Regulations for the medical services of the Army of India
Year: 1930
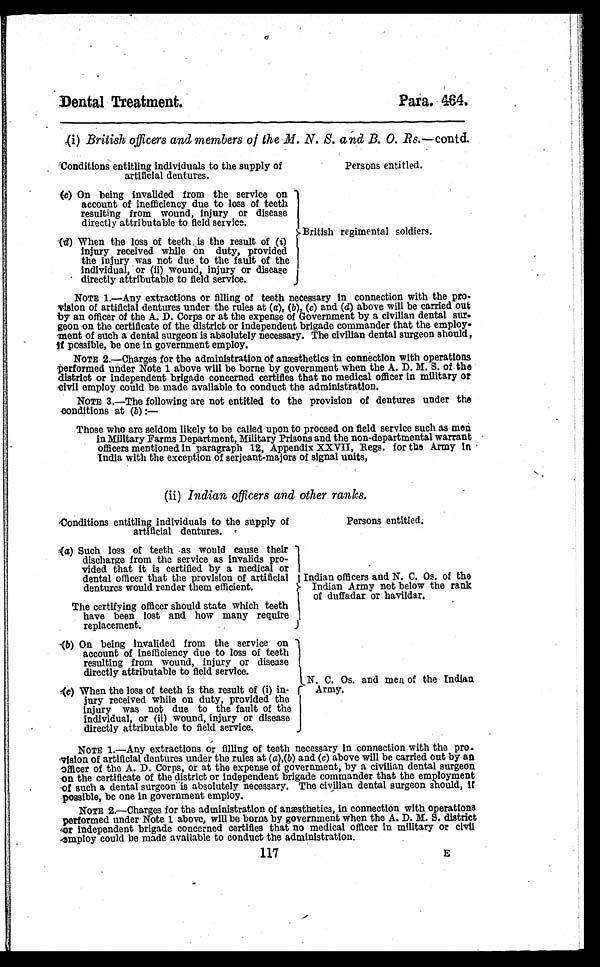
117
Dental Treatment.
Para. 464.
(i) British officers and members of the M. N. S. and B. O. Rs.— contd.
Conditions entitling individuals to the supply of
artificial dentures.
Persons entitled.
(c) On being invalided from the service on
account of inefficiency due to loss of teeth
resulting from wound, injury or disease
directly attributable to field service.
(d) When the loss of teeth is the result of (i)
injury received while on duty, provided
the injury was not due to the fault of the
individual, or (ii) wound, injury or disease
directly attributable to field service.
British regimental soldiers.
NOTE 1.—Any extractions or filling of teeth necessary in connection with the pro-
vision of artificial dentures under the rules at ( a), (b), (c) and (d) above will be carried out
by an officer of the A. D. Corps or at the expense of Government by a civilian dental sur
geon on the certificate of the district or independent brigade commander that the employ
ment of such a dental surgeon is absolutely necessary. The civilian dental surgeon should,
i f p o s s i b l e , b e o n e i n g o v e r n m e n t e m p l o y .
NOTE 2.—Charges for the administration of anæsthetics in connection with operations
performed under Note 1 above will be borne by government when the A. D. M. S. of the
district or independent brigade concerned certifies that no medical officer in military or
civil employ could be made available to conduct the administration.
NOTE 3.—The following are not entitled to the provision of dentures under the
conditions at (b) : —
Those who are seldom likely to be called upon to proceed on field service such as men
in Military Farms Department, Military Prisons and the non-departmental warrant
officers mentioned in paragraph 12, Appendix XXVII, Regs. for the Army in
India with the exception of serjeant-majors of signal units,
(ii) Indian officers and other ranks.
Conditions entitling individuals to the supply of
artificial dentures.
Persons entitled.
(a) Such loss of teeth as would cause their
discharge from the service as invalids pro-
vided that it is certified by a medical or
dental officer that the provision of artificial
dentures would render them efficient.
The certifying officer should state which teeth
have been lost and how many require
replacement.
(b) On being invalided from the service on
account of inefficiency due to loss of teeth
resulting from wound, injury or disease
directly attributable to field service.
(c) When the loss of teeth is the result of (i) in
jury received while on duty, provided the
injury was not due to the fault of the
individual, or (ii) wound, injury or disease
directly attributable to field service.
Indian officers and N. C. Os. of the
Indian Army not below the rank
of duffadar or havildar.
N. C. Os. and men of the Indian
Army.
NOTE 1.—Any extractions or filling of teeth necessary in connection with the pro
vision of artificial dentures under the rules at ( a),(b) and (c) above will be carried out by an
officer of the A. D. Corps, or at the expense of government, by a civilian dental surgeon
on the certificate of the district or independent brigade commander that the employment
of such a dental surgeon is absolutely necessary. The civilian dental surgeon should, if
possible, be one in government employ.
NOTE 2.—Charges for the administration of anæsthetics, in connection with operations
performed under Note 1 above, will be born by government when the A. D. M. S. district
or independent brigade concerned certifies that no medical officer in military or civil
employ could be made available to conduct the administration.